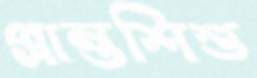
প্রান্তশিশু